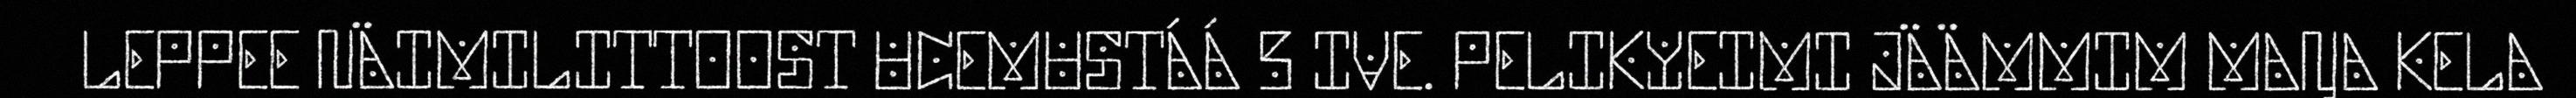
LEPPEE NÄIMILITTOOST UCEMUSTÁÁ 5 IVE. PELIKYEIMI JÄÄMMIM MAŊA KELA